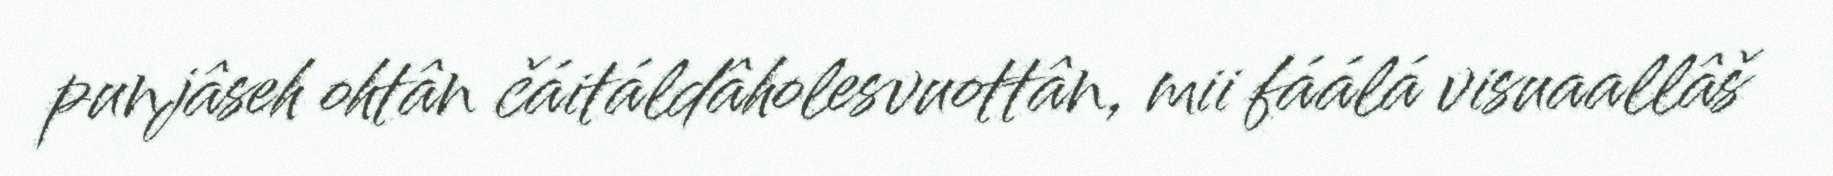
punjâseh ohtân čáitáldâholesvuottân, mii fáálá visuaallâš